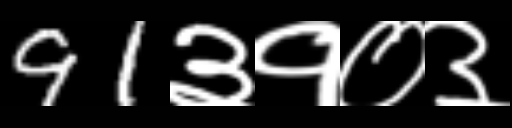
Text: 91३१०३